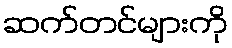
ဆက်တင်များကို